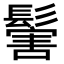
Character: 𩮝